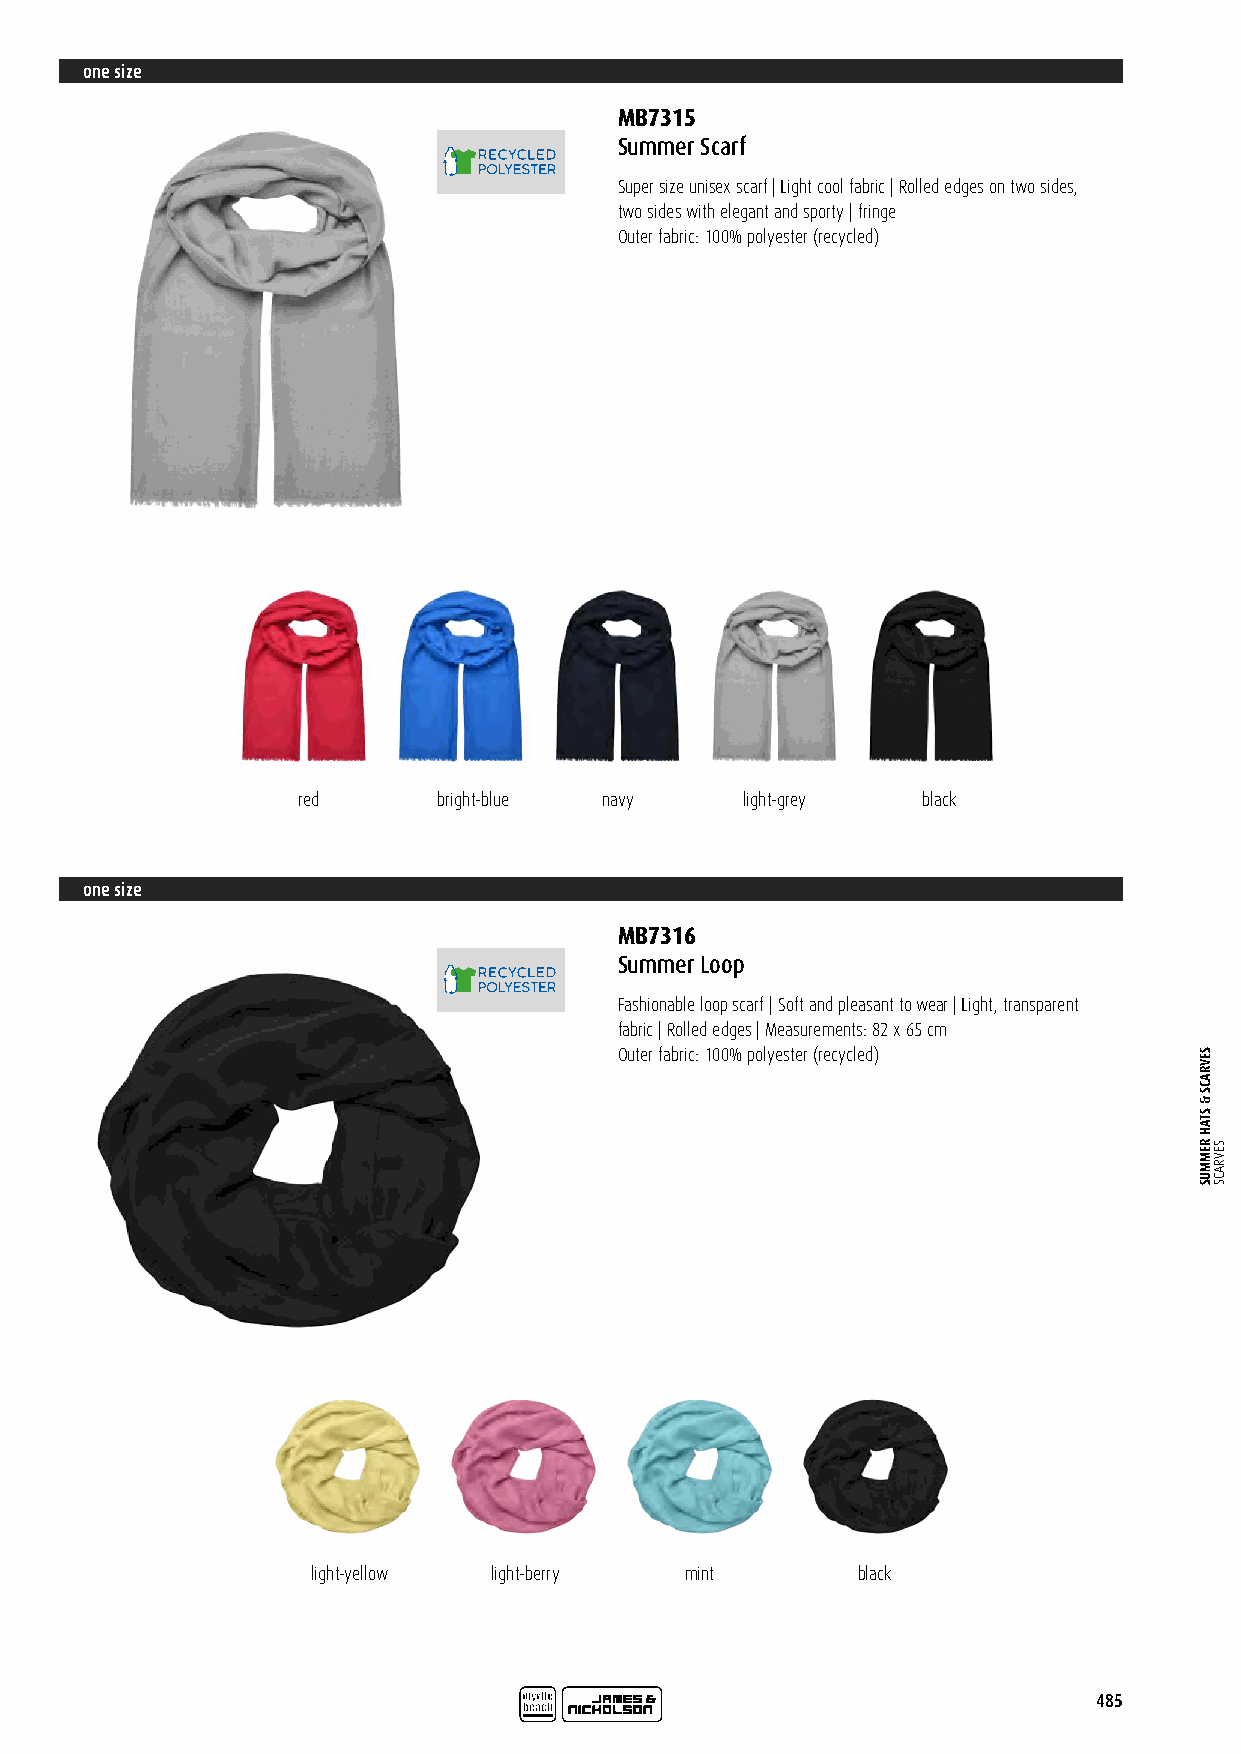
one size
 MB7315
 Summer Scarf
 Super size unisex scarf | Light cool fabric | Rolled edges on two sides,
 two sides with elegant and sporty | fringe
 Outer fabric: 100% polyester (recycled)
 red      bright-blue navy    light-grey  black
 one size
 MB7316
 Summer Loop
 Fashionable loop scarf | Soft and pleasant to wear | Light, transparent
 fabric | Rolled edges | Measurements: 82 x 65 cm
 Outer fabric: 100% polyester (recycled)
 light-yellow light-berry mint       black
 485
 SEVRACS
 &
 STAH
 REMMUS SEVRACS